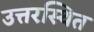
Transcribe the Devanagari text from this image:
उत्तरस्थित